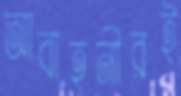
আবাহনীরই